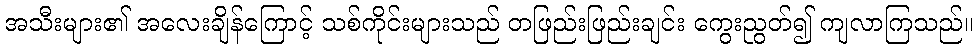
အသီးများ၏ အလေးချိန်ကြောင့် သစ်ကိုင်းများသည် တဖြည်းဖြည်းချင်း ကွေးညွတ်၍ ကျလာကြသည်။